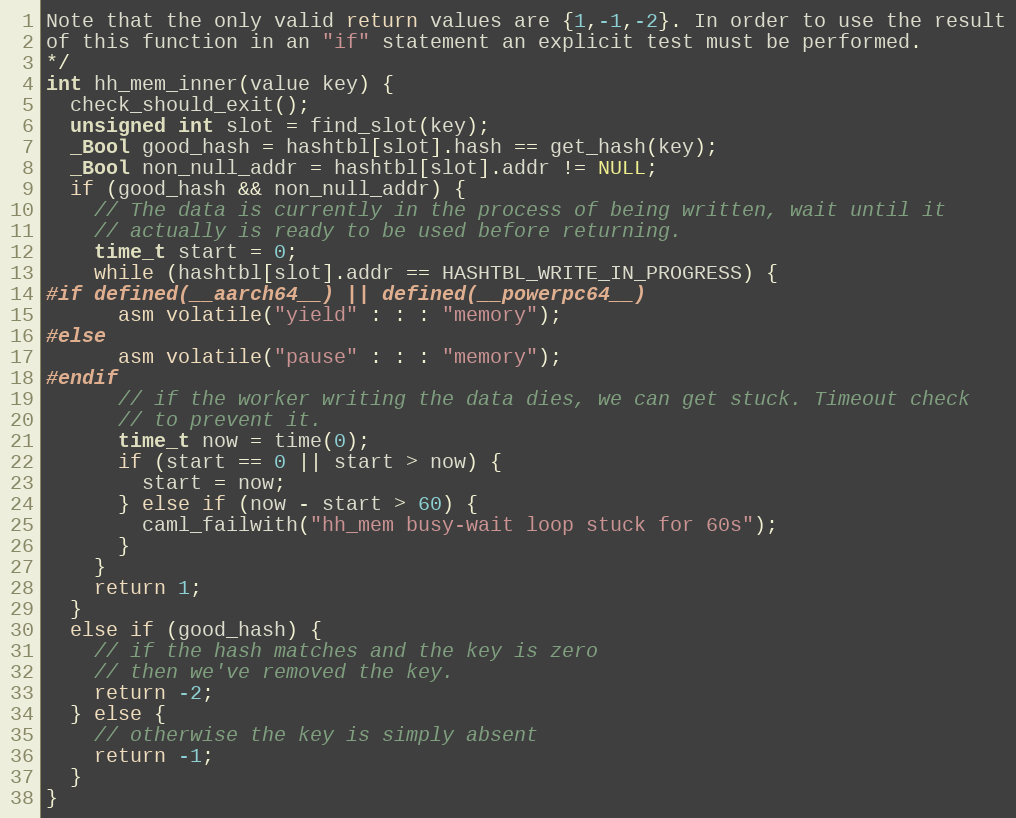
Language: C
Note that the only valid return values are {1,-1,-2}. In order to use the result
of this function in an "if" statement an explicit test must be performed.
*/
int hh_mem_inner(value key) {
  check_should_exit();
  unsigned int slot = find_slot(key);
  _Bool good_hash = hashtbl[slot].hash == get_hash(key);
  _Bool non_null_addr = hashtbl[slot].addr != NULL;
  if (good_hash && non_null_addr) {
    // The data is currently in the process of being written, wait until it
    // actually is ready to be used before returning.
    time_t start = 0;
    while (hashtbl[slot].addr == HASHTBL_WRITE_IN_PROGRESS) {
#if defined(__aarch64__) || defined(__powerpc64__)
      asm volatile("yield" : : : "memory");
#else
      asm volatile("pause" : : : "memory");
#endif
      // if the worker writing the data dies, we can get stuck. Timeout check
      // to prevent it.
      time_t now = time(0);
      if (start == 0 || start > now) {
        start = now;
      } else if (now - start > 60) {
        caml_failwith("hh_mem busy-wait loop stuck for 60s");
      }
    }
    return 1;
  }
  else if (good_hash) {
    // if the hash matches and the key is zero
    // then we've removed the key.
    return -2;
  } else {
    // otherwise the key is simply absent
    return -1;
  }
}